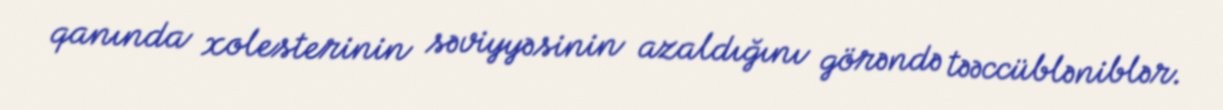
qanında xolesterinin səviyyəsinin azaldığını görəndə təəccübləniblər.